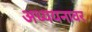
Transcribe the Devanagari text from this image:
अध्ययनावर